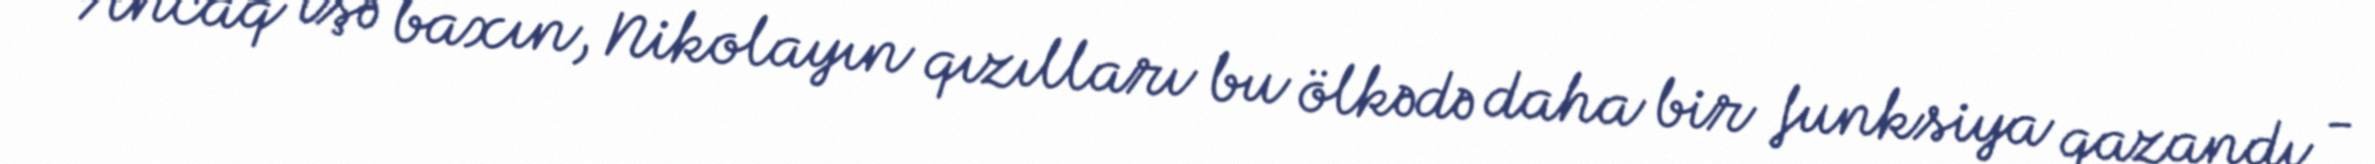
Ancaq işə baxın, Nikolayın qızılları bu ölkədə daha bir funksiya qazandı -